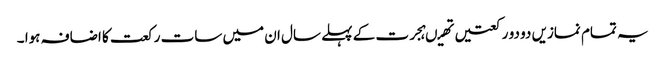
یہ تمام نمازیں دو دو رکعتیں تھیںہجرت کے پہلے سال ان میں سات رکعت کا اضافہ ہوا ۔